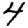
Digit: 4